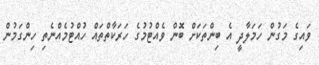
ވައިގެ މަގުން ހަމަލާދީ އެ ބިންތަކަށް ބޮން ވެއްޓުމުގެ ހަރަކާތްތައް ހުއްޓުމެއްނެތި ހިންގަމުން